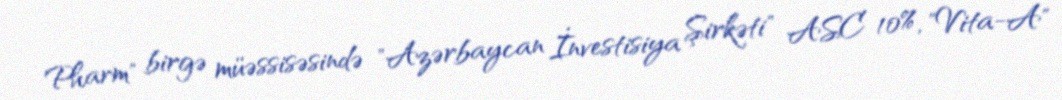
Pharm" birgə müəssisəsində "Azərbaycan İnvestisiya Şirkəti" ASC 10%, "Vita-A"